Vaccination report Assam 1874-1896 - 1874-1896
Year: 1874
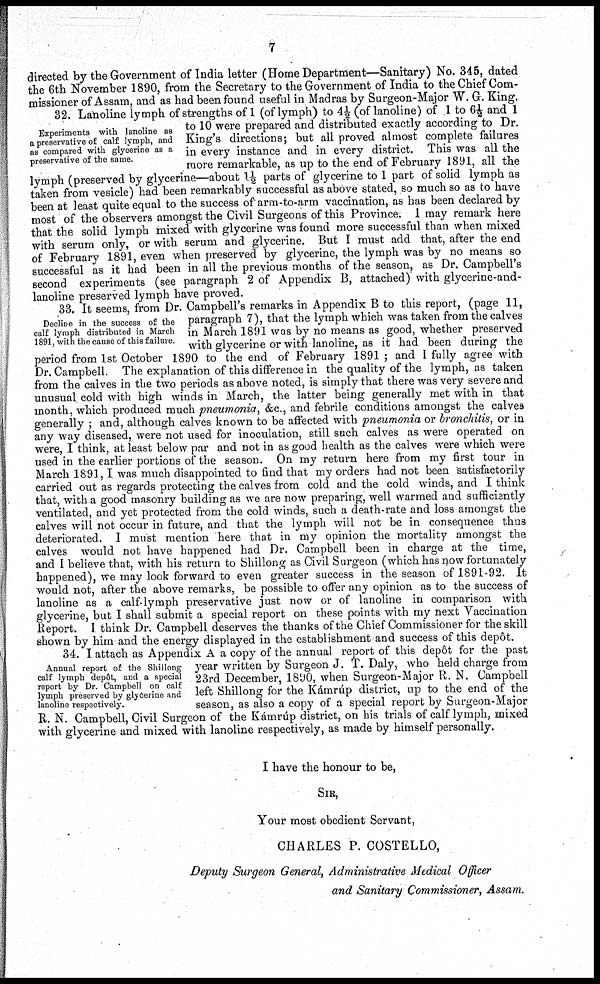
7
directed by the Government of India letter (Home Department—Sanitary) No. 345, dated
the 6th November 1890, from the Secretary to the Government of India to the Chief Com-
missioner of Assam, and as had been found useful in Madras by Surgeon-Major W. G. King.
Experiments with lanoline as
a preservative of calf lymph, and
as compared with glycerine as a
preservative of the same.
32. Lanoline lymph of strengths of 1 (of lymph) to 4½ (of lanoline) of 1 to 6½ and 1
to 10 were prepared and distributed exactly according to Dr.
King's directions; but all proved almost complete failures
in every instance and in every district. This was all the
more remarkable, as up to the end of February 1891, all the
lymph (preserved by glycerine—about 1 ½ parts of glycerine to 1 part of solid lymph as
taken from vesicle) had been remarkably successful as above stated, so much so as to have
been at least quite equal to the success of arm-to-arm vaccination, as has been declared by
most of the observers amongst the Civil Surgeons of this Province. I may remark here
that the solid lymph mixed with glycerine was found more successful than when mixed
with serum only, or with serum and glycerine. But I must add that, after the end
of February 1891, even when preserved by glycerine, the lymph was by no means so
successful as it had been in all the previous months of the season, as Dr. Campbell's
second experiments (see paragraph 2 of Appendix B, attached) with glycerine-and-
lanoline preserved lymph have proved.
Decline in the success of the
calf lymph distributed in March
1891, with the cause of this failure.
33. It seems, from Dr. Campbell's remarks in Appendix B to this report, (page 11,
paragraph 7), that the lymph which was taken from the calves
in March 1891 was by no means as good, whether preserved
with glycerine or with lanoline, as it had been during the
period from 1st October 1890 to the end of February 1891 ; and I fully agree with
Dr. Campbell. The explanation of this difference in the quality of the lymph, as taken
from the calves in the two periods as above noted, is simply that there was very severe and
unusual cold with high winds in March, the latter being generally met with in that
month, which produced much pneumonia, &c., and febrile conditions amongst the calves
generally ; and, although calves known to be affected with pneumonia or bronchitis, or in
any way diseased, were not used for inoculation, still such calves as were operated on
were, I think, at least below par and not in as good health as the calves were which were
used in the earlier portions of the season. On my return here from my first tour in
March 1891,I was much disappointed to find that my orders had not been satisfactorily
carried out as regards protecting the calves from cold and the cold winds, and I think
that, with a good masonry building as we are now preparing, well warmed and sufficiently
ventilated, and yet protected from the cold winds, such a death-rate and loss amongst the
calves will not occur in future, and that the lymph will not be in consequence thus
deteriorated. I must mention here that in my opinion the mortality amongst the
calves would not have happened had Dr. Campbell been in charge at the time,
and I believe that, with his return to Shillong as Civil Surgeon (which has now fortunately
happened), we may look forward to even greater success in the season of 1891-92. It
would not, after the above remarks, be possible to offer any opinion as to the success of
lanoline as a calf-lymph preservative just now or of lanoline in comparison with
glycerine, but I shall submit a special report on these points with my next Vaccination
Report. I think Dr. Campbell deserves the thanks of the Chief Commissioner for the skill
shown by him and the energy displayed in the establishment and success of this depôt.
Annual report of the Shillong
calf lymph depôt, and a special
report by Dr. Campbell on calf
lymph preserved by glycerine and
lanoline respectively.
34. I attach as Appendix A a copy of the annual report of this depôt for the past
year written by Surgeon J. T. Daly, who held charge from
23rd December, 1890, when Surgeon-Major R. N. Campbell
left Shillong for the Kámrúp district, up to the end of the
season, as also a copy of a special report by Surgeon-Major
R. N. Campbell, Civil Surgeon of the Kámrúp district, on his trials of calf lymph, mixed
with glycerine and mixed with lanoline respectively, as made by himself personally.
I have the honour to be,
SIR,
Your most obedient Servant,
CHARLES P. COSTELLO,
Deputy Surgeon General, Administrative Medical Officer
and Sanitary Commissioner, Assam.